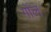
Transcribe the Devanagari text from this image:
गोंल